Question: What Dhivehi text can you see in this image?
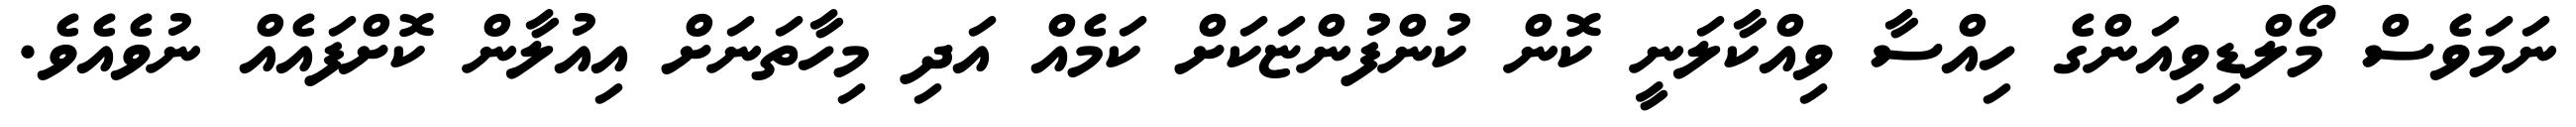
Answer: ނަމަވެސް މޯލްޑިވިއަންގެ ހިއްސާ ވިއްކާލަނީ ކޮން ކުންފުންޏަކަށް ކަމެއް އަދި މިހާތަނަށް އިއުލާން ކޮށްފައެއް ނުވެއެވެ.